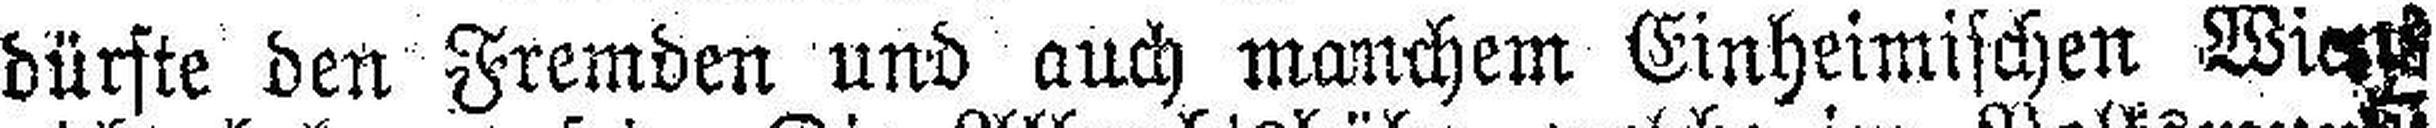
dürfte den Fremden und auch manchem Einheimischen Wien